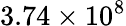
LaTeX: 3.74\times 10^{8}